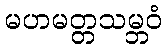
မဟမတ္တသမ္ဘဝံ